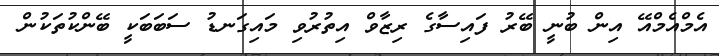
އެމްއެމްއޭ އިން ބުނީ ބޭރު ފައިސާގެ ރިޒާވް އިތުރުވި މައިގަނޑު ސަބަބަކީ ބޭންކުތަކުން